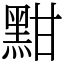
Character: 黚